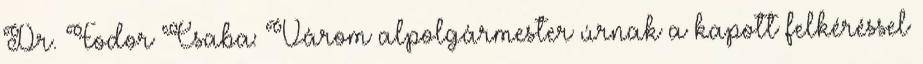
Dr. Fodor Csaba: Várom alpolgármester úrnak a kapott felkéréssel